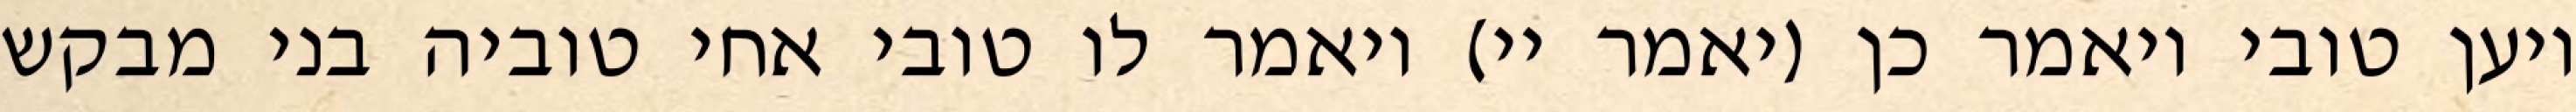
ויען טובי ויאמר כן (יאמר יי) ויאמר לו טובי אחי טוביה בני מבקש